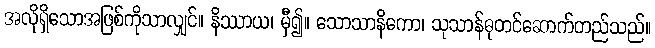
အလိုရှိသောအဖြစ်ကိုသာလျှင်။ နိဿာယ၊ မှီ၍။ သောသာနိကော၊ သုသာန်ဓုတင်ဆောက်တည်သည်။